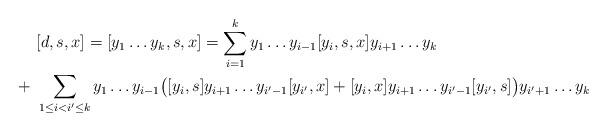
LaTeX: \begin{align*}& [d, s, x] = [y_1 \dots y_k, s, x] = \sum_{i=1}^k y_1 \dots y_{i-1} [y_i, s, x] y_{i+1} \dots y_k\\+ \ & \sum_{1 \le i < i' \le k} y_1 \dots y_{i-1} \bigl( [y_i, s] y_{i+1} \dots y_{i' - 1} [y_{i'} , x] + [y_i, x] y_{i+1} \dots y_{i' - 1} [y_{i'} , s] \bigr) y_{i' +1} \dots y_k\end{align*}